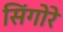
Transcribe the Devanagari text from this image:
सिंगोरे